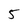
Character: 5